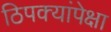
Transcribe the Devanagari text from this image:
ठिपक्यांपेक्षा